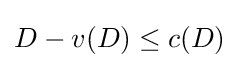
D-v(D)\leq c(D)